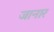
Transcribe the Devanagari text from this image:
जानार